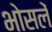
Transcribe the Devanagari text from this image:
भोसलें